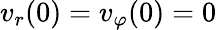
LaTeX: v_{r}(0)=v_{\varphi}(0)=0